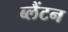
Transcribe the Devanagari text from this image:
ब्लैंटन